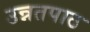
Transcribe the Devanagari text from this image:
उन्नतपाठ